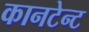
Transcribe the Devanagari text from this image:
कानटेन्‍ट